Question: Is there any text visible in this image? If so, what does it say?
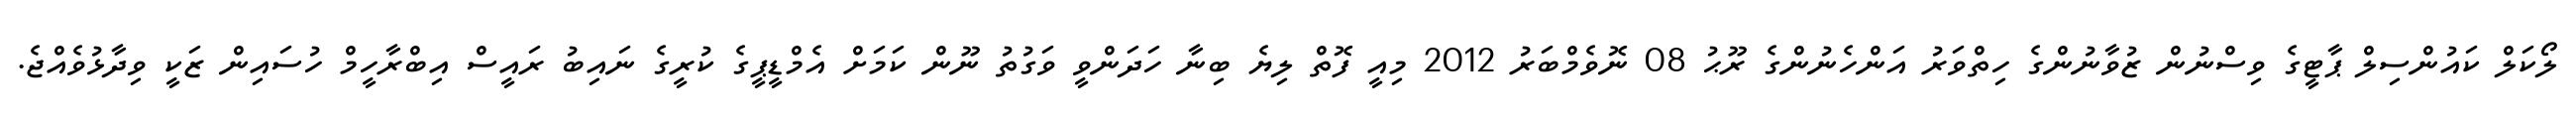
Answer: ލޯކަލް ކައުންސިލް ޕާޓީގެ ވިސްނުން ޒުވާނުންގެ ހިތްވަރު އަންހެނުންގެ ރޫޙު 08 ނޮވެމްބަރު 2012 މިއީ ފޮތް ލިޔެ ބިނާ ހަދަންވީ ވަގުތު ނޫން ކަމަށް އެމްޑީޕީގެ ކުރީގެ ނައިބު ރައީސް އިބްރާހީމް ހުސައިން ޒަކީ ވިދާޅުވެއްޖެ.